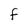
Character: F